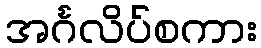
အင်္ဂလိပ်စကား